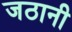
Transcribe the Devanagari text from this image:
जठानी